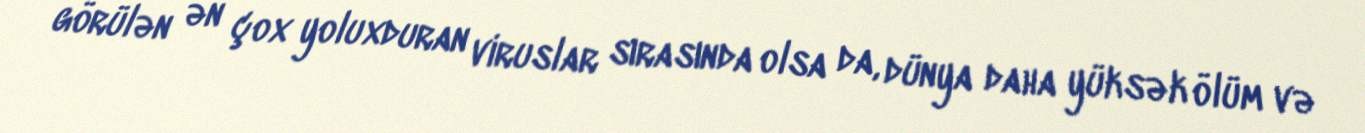
görülən ən çox yoluxduran viruslar sırasında olsa da, dünya daha yüksək ölüm və